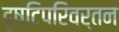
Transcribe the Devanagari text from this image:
दृष्टिपरिवर्तन